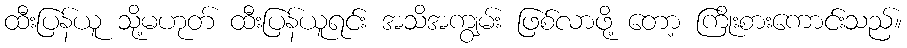
ထီးပြန်ယူ သို့မဟုတ် ထီးပြန်ယူရင်း အသိအကျွမ်း ဖြစ်လာဖို့ တော့ ကြိုးစားကောင်းသည်။